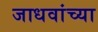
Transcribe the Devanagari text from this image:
जाधवांच्या